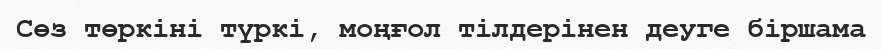
Сөз төркіні түркі, моңғол тілдерінен деуге біршама